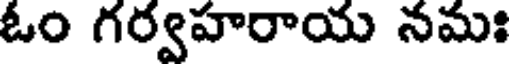
ఓం గర్వహరాయ నమః